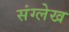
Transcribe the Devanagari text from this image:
संग्लेख